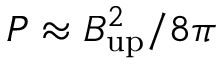
P \approx B _ { \mathrm { u p } } ^ { 2 } / 8 \pi